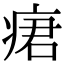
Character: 𤶷